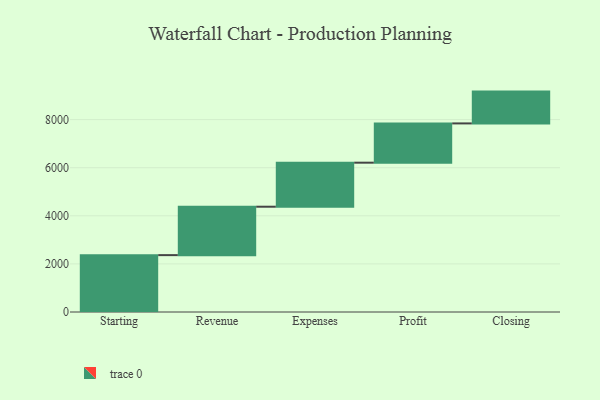
{"axis": {"x": "Step", "y": "Value"}, "legend": [""], "data": [{"x": "Starting", "y": 2365.0, "type": ""}, {"x": "Revenue", "y": 2014.0, "type": ""}, {"x": "Expenses", "y": 1831.0, "type": ""}, {"x": "Profit", "y": 1633.0, "type": ""}, {"x": "Closing", "y": 1323.0, "type": ""}]}